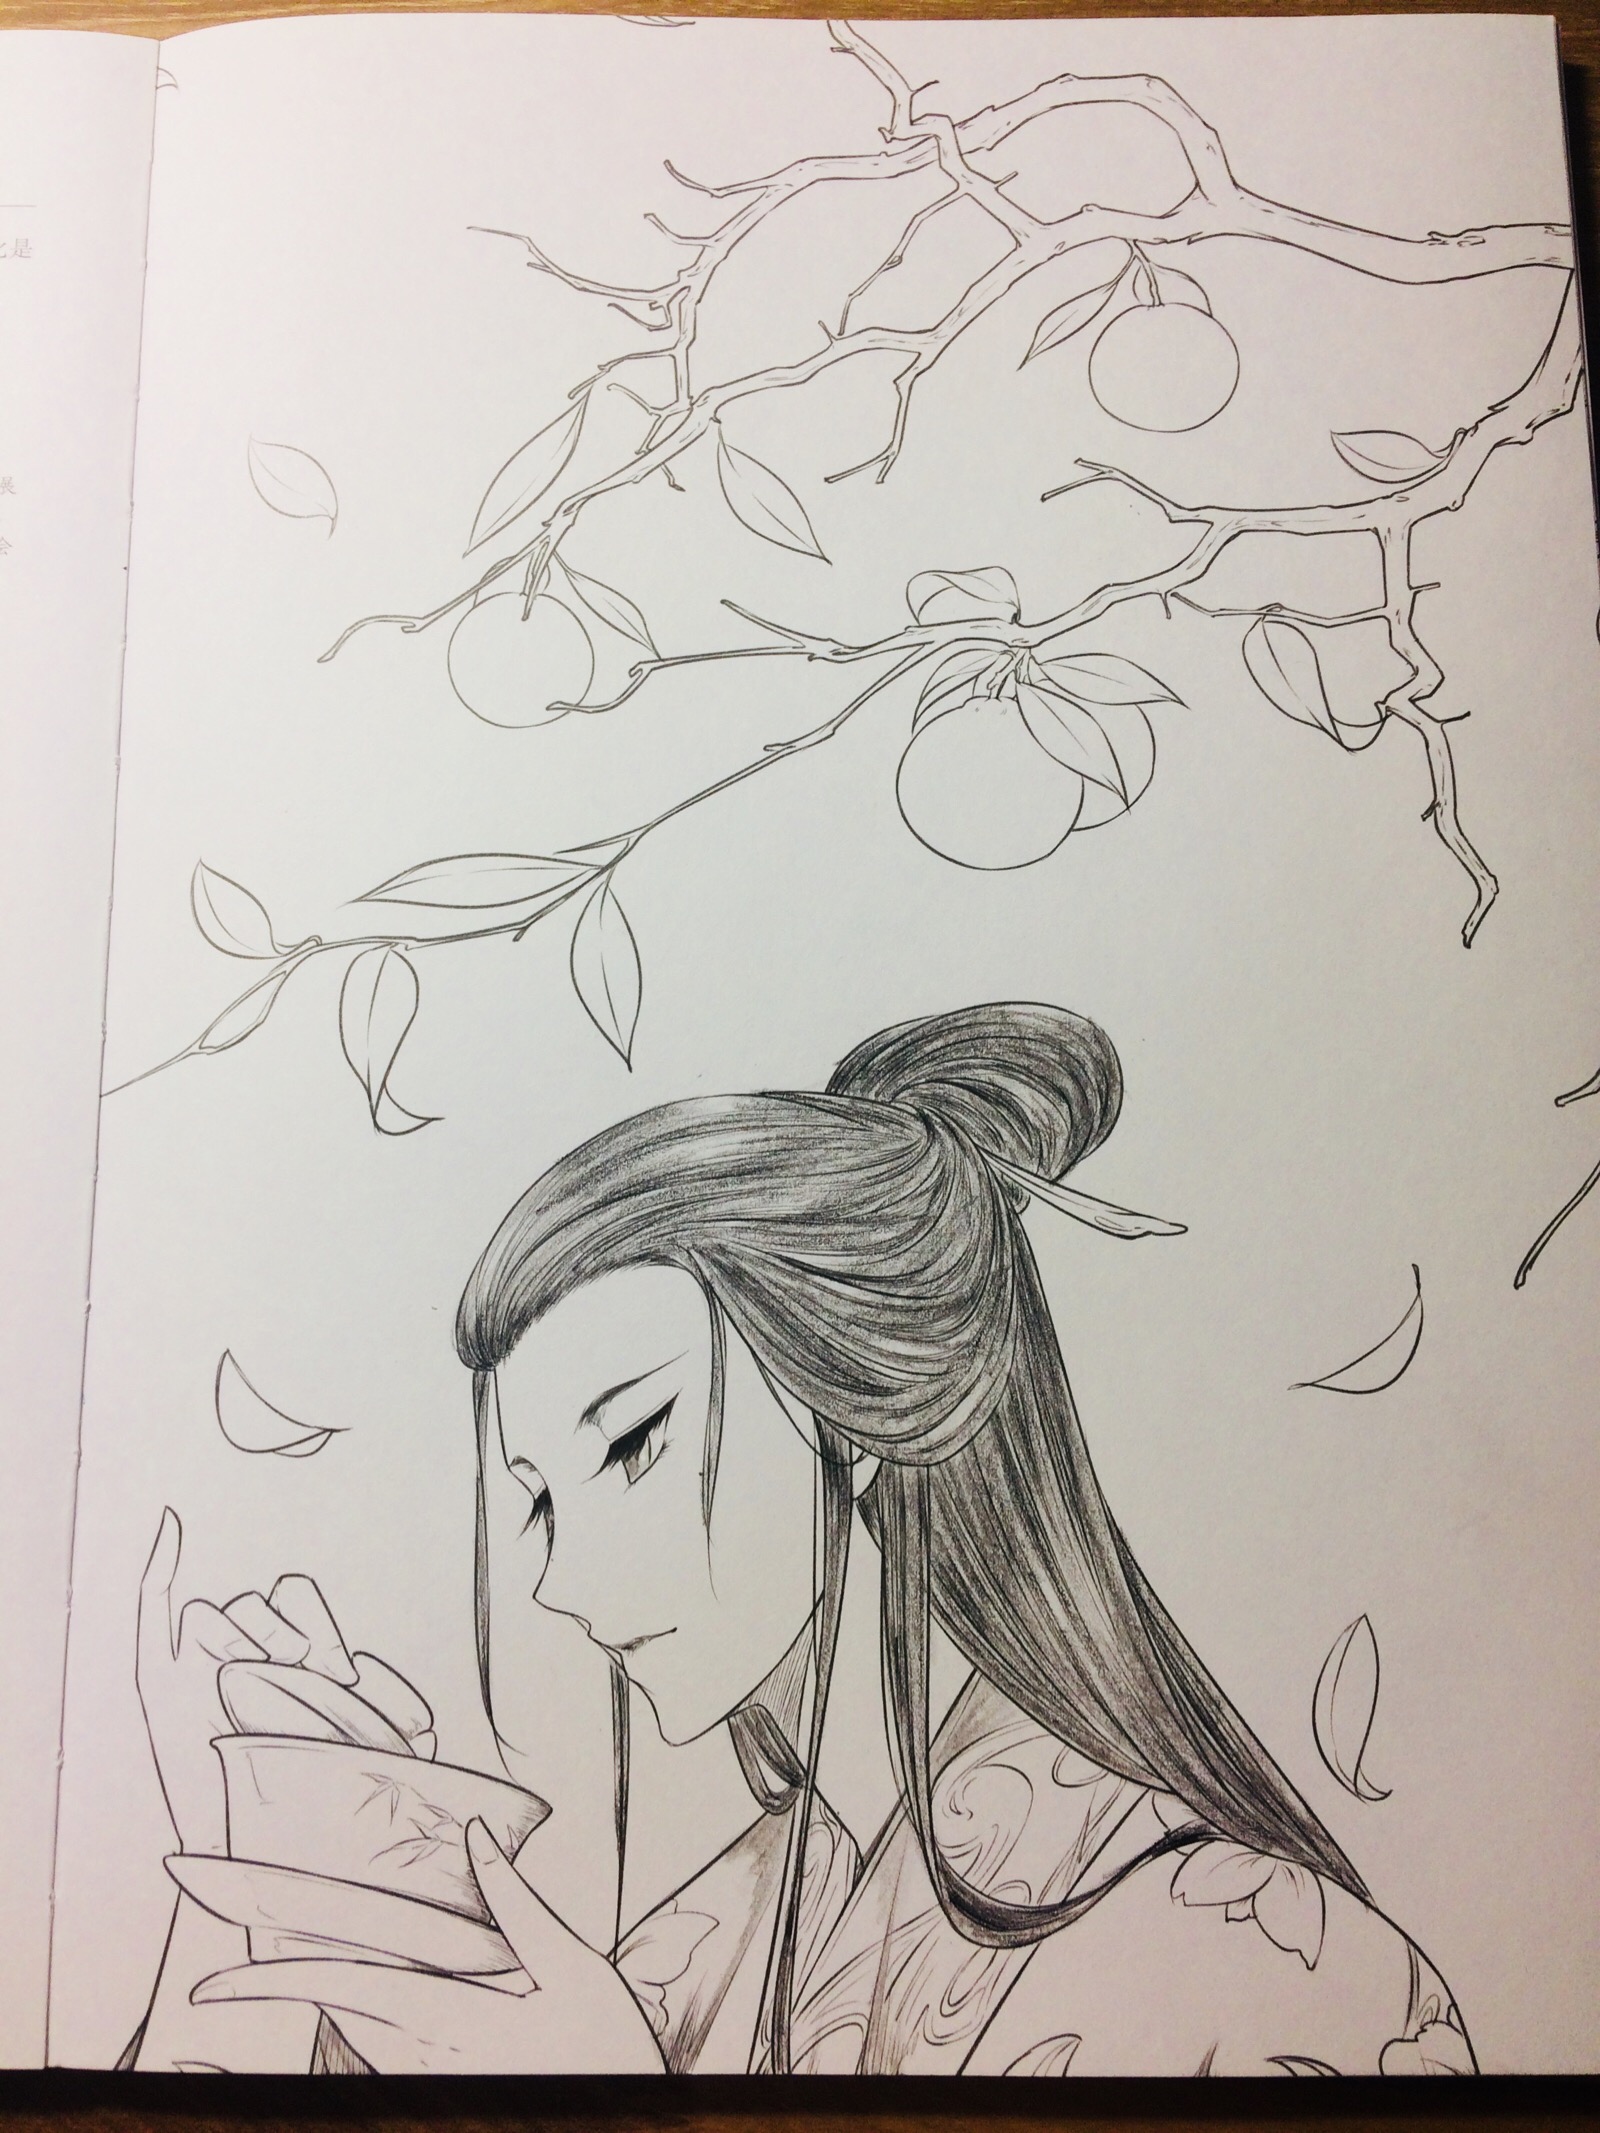
想见读书头已白，隔溪猿哭瘴溪藤。